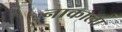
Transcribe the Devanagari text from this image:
नाकाला